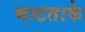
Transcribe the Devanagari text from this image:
भाटताके